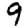
Digit: 9